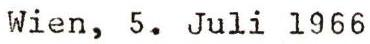
Wien, 5. Juli 1966